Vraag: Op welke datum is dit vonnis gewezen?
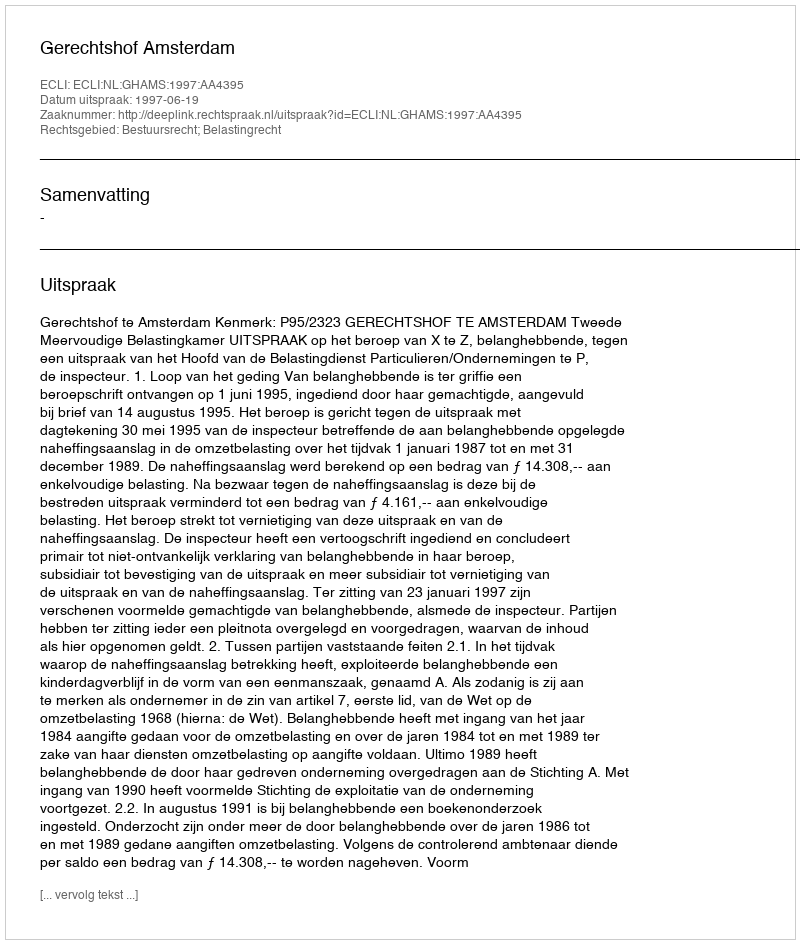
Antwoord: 1997-06-19